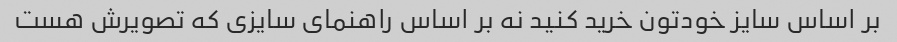
بر اساس سایز خودتون خرید کنید نه بر اساس راهنمای سایزی که تصویرش هست